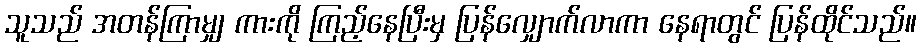
သူသည် အတန်ကြာမျှ ကားကို ကြည့်နေပြီးမှ ပြန်လျှောက်လာကာ နေရာတွင် ပြန်ထိုင်သည်။